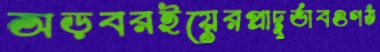
অড়বরইয়েরপ্রাদুর্ভাবওগঠ